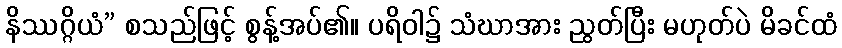
နိဿဂ္ဂိယံ” စသည်ဖြင့် စွန့်အပ်၏။ ပရိဝါ၌ သံဃာအား ညွတ်ပြီး မဟုတ်ပဲ မိခင်ထံ